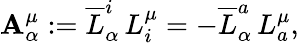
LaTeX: \mathbf{A}_{\alpha}^{\mu}:=\overline{{{{L}}}}_{\alpha}^{i}\, L_{i}^{\mu}=-\overline{{{{L}}}}_{\alpha}^{a}\, L_{a}^{\mu},